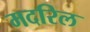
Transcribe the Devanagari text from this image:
मदरिल